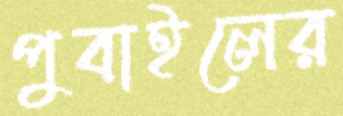
পুবাইলের